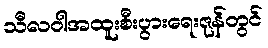
သီလဝါအထူးစီးပွားရေးဇုန်တွင်